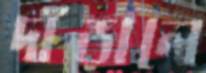
দাঁড়ালে